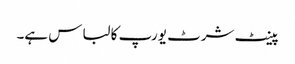
پینٹ شرٹ یورپ کا لباس ہے۔